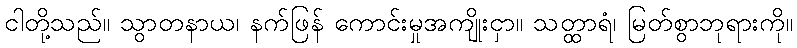
ငါတို့သည်။ သွာတနာယ၊ နက်ဖြန် ကောင်းမှုအကျိုးငှာ။ သတ္ထာရံ၊ မြတ်စွာဘုရားကို။